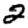
Digit: 2